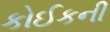
કોઈકની